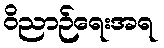
ဝိညာဉ်ရေးအရ